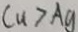
C u > A g